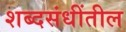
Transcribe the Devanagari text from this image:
शब्दसंधींतील